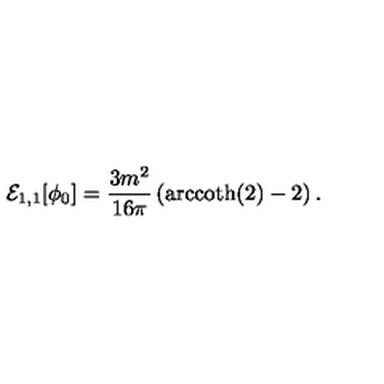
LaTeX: { \cal E } _ { 1 , 1 } [ \phi _ { 0 } ] = \frac { 3 m ^ { 2 } } { 1 6 \pi } \left( \mathrm { a r c c o t h } ( 2 ) - 2 \right) .